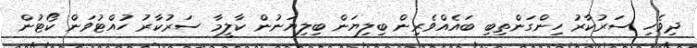
ދިވެހި ސަރުކާރު ހިންގަންތިބި ބައެއްވެރިން ބިލިޔަން ބިލިޔަނުން ކާލީމާ ސަރުކާރު ހުއްޓުވަން ކޯޓުން